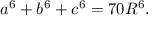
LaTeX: a ^ { 6 } + b ^ { 6 } + c ^ { 6 } = 7 0 R ^ { 6 } .